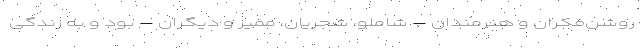
روشن‌فکران و هنرمندان – شاملو، شجریان، ممیز و دیگران – بود و به زندگی